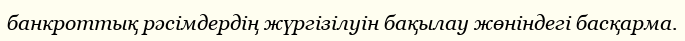
банкроттық рәсімдердің жүргізілуін бақылау жөніндегі басқарма.